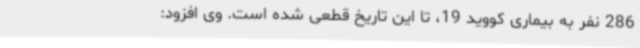
286 نفر به بیماری کووید 19، تا این تاریخ قطعی شده است. وی افزود: